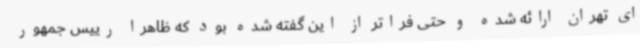
ای تهران ارائه شده و حتی فراتر از این گفته شده بود که ظاهرا رییس جمهور